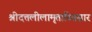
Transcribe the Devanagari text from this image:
श्रीदत्तलीलामृताब्धिसार